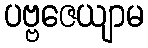
ပဗ္ဗဇေယျာမ